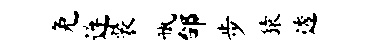
免连装瓶邰步猿透